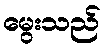
မွေးသည်